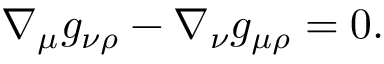
\nabla _ { \mu } g _ { \nu \rho } - \nabla _ { \nu } g _ { \mu \rho } = 0 .